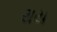
થય